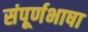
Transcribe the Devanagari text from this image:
संपूर्णभाषा